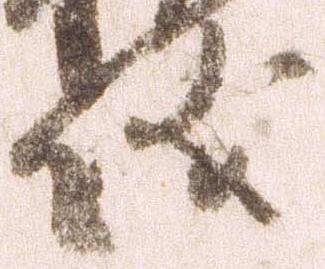
儀